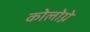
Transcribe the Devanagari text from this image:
कोलोग्ने